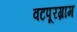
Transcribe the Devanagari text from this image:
वटपूरग्राम